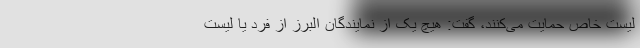
لیست خاص حمایت می‌کنند، گفت: هیچ یک از نمایندگان البرز از فرد یا لیست